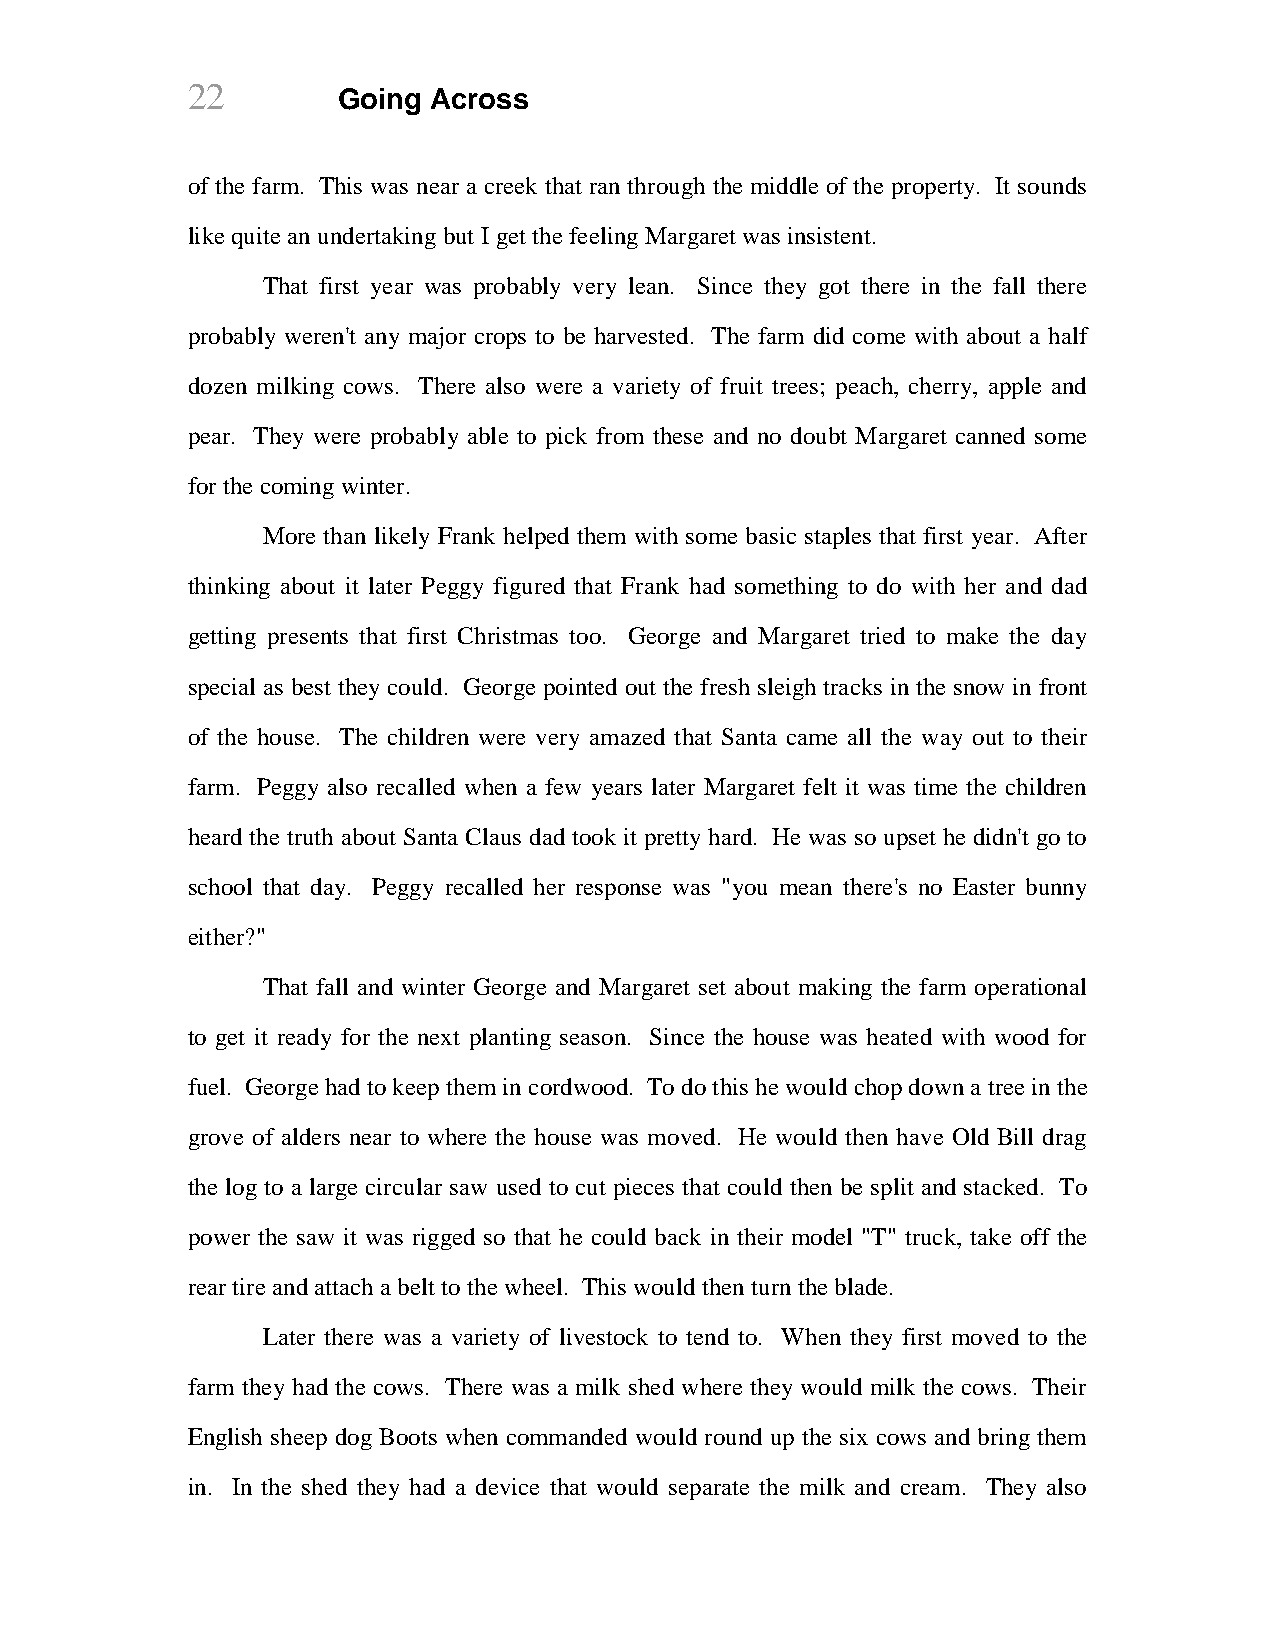
22        Going Across
 of the farm. This was near a creek that ran through the middle of the property. It sounds
 like quite an undertaking but I get the feeling Margaret was insistent.
 That first year was probably very lean. Since they got there in the fall there
 probably weren't any major crops to be harvested. The farm did come with about a half
 dozen milking cows. There also were a variety of fruit trees; peach, cherry, apple and
 pear. They were probably able to pick from these and no doubt Margaret canned some
 for the coming winter.
 More than likely Frank helped them with some basic staples that first year. After
 thinking about it later Peggy figured that Frank had something to do with her and dad
 getting presents that first Christmas too. George and Margaret tried to make the day
 special as best they could. George pointed out the fresh sleigh tracks in the snow in front
 of the house. The children were very amazed that Santa came all the way out to their
 farm. Peggy also recalled when a few years later Margaret felt it was time the children
 heard the truth about Santa Claus dad took it pretty hard. He was so upset he didn't go to
 school that day. Peggy recalled her response was "you mean there's no Easter bunny
 either?"
 That fall and winter George and Margaret set about making the farm operational
 to get it ready for the next planting season. Since the house was heated with wood for
 fuel. George had to keep them in cordwood. To do this he would chop down a tree in the
 grove of alders near to where the house was moved. He would then have Old Bill drag
 the log to a large circular saw used to cut pieces that could then be split and stacked. To
 power the saw it was rigged so that he could back in their model "T" truck, take off the
 rear tire and attach a belt to the wheel. This would then turn the blade.
 Later there was a variety of livestock to tend to. When they first moved to the
 farm they had the cows. There was a milk shed where they would milk the cows. Their
 English sheep dog Boots when commanded would round up the six cows and bring them
 in. In the shed they had a device that would separate the milk and cream. They also